Report of the Hyderabad Chloroform Commission
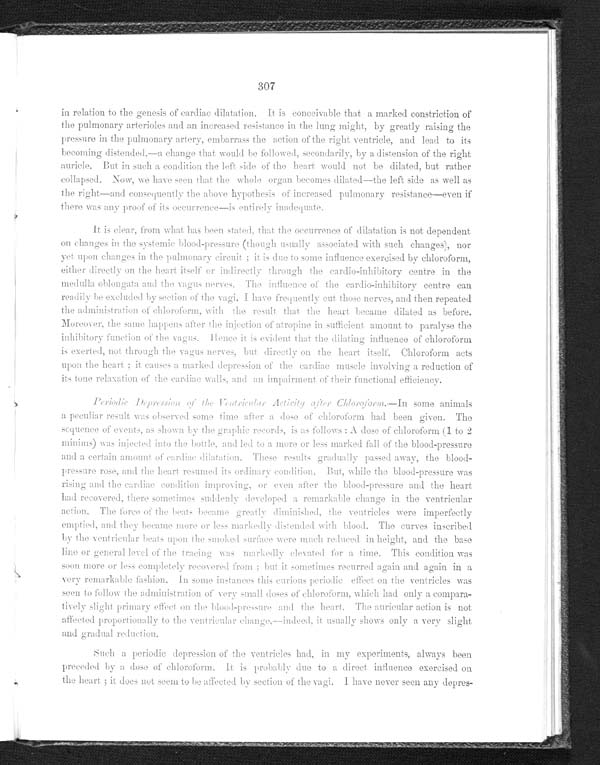
307
in relation to the genesis of cardiac dilatation. It is conceivable that a marked constriction of
the pulmonary arterioles and an increased resistance in the lung might, by greatly raising the
pressure in the pulmonary artery, embarrass the action of the right ventricle, and lead to its
becoming distended,—a change that would be followed, secondarily, by a distension of the right
auricle. But in such a condition the left side of the heart would not be dilated, but rather
collapsed. Now, we have seen that the whole organ becomes dilated
—the left side as well as
the right—and consequently the above hypothesis of increased pulmonary resistance—even if
there was any proof of its occurrence
—is entirely inadequate.
It is clear, from what has been stated that the occurrence of dilatation is not dependent
on changes in the systemic blood-pressure (though usually associated with such changes), nor
yet upon changes in the pulmonary circuit: it is due to some influence exercised by chloroform,
either directly on the heart itself or indirectly through the cardio-inhibitory centre in the
medulla oblongata and the vagus nerves. The influence of the cardio-inhibitory centre can
readi l y be excl uded by secti on of the vagi I have frequentl y cut those nerves, and then repeated
the administration of chloroform, with the result that the heart became dilated as before.
Moreover, the same happens after the injection of atropine in sufficient amount to paralyse the
inhibitory function of the vagus. Hence it is evident that the dilating influence of chloroform
is exerted, not through the vagus nerves, but directly on the heart itself. Chloroform
acts upon the heart; it causes a marked depression of cardiac muscle involving a reduction of
its tone relaxation of the cardiac walls, and an impairment of their functional efficienc
y .
P e r i o d i c D e p r e s s i o n o f t h e V e n t r i c u l a r A c t i v i t y
after Chloroform
—In some animals
a peculiar result was observed some time after a dose of chloroform had been given. The
sequence of events, as shown by the graphic records, is as follows: A dose of chloroform (1 to 2
minims) was injected into the bottle, and led to a more or less marked fall of the blood-press
ure and a certain amount of cardiac dilatation. These results gradually passed away, the blood-
pressure rose, and the heart resumed its ordinary condition. But, while the blood-pressure was
rising and the cardiac condition improving, or even after the blood-pressure and the heart
had recovered, there sometimes suddenly developed a remarkable change in the ventricular
action. The force of the beats became greatly diminished, the ventricles were imperfectly
emptied, and they became more or less markedly distended with blood. The curves inscribed
by the ventricular beats upon the smoked surface were much reduced in height, and the base
line or general level of the tracing was markedly elevated for a time. This condition was
soon more or less completely recovered from; but it sometimes recurred again and again in a
ver y r emar kabl e f as hi on. I n s ome i ns t ances t hi s cur i ous per i odi c ef f ect on t heventricles was
seen to follow the administration of very small doses of chloroform, which had only compara-
tively slight primary effect on the blood-pressure and the heart. The auricular action is not
affected proportionally to the ventricular chan
ge
—
indeed, it usually shows only a Very slight,
and gradual reduction.
Such a periodic depression of the ventricles had, in my experiments, always been
preceded by a dose of chloroform. It is probably due to a direct influence exercised
o n
the heart; it does not seem to be affected by section of the vagi. I have never seen any depres-